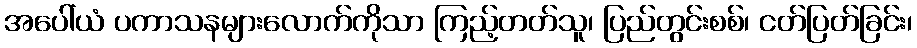
အပေါ်ယံ ပကာသနများလောက်ကိုသာ ကြည့်တတ်သူ၊ ပြည်တွင်းစစ်၊ ငတ်ပြတ်ခြင်း၊